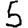
Digit: 5